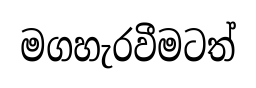
මගහැරවීමටත්